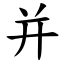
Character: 并